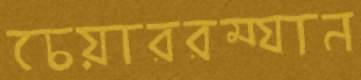
চেয়াররম্যান